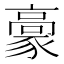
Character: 𩫕